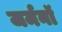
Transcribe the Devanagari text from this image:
जर्मनॉ